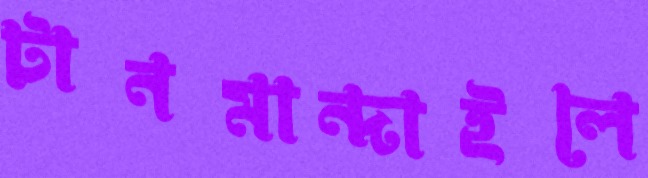
টানমান্দাইলে